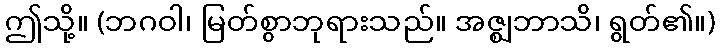
ဤသို့။ (ဘဂဝါ၊ မြတ်စွာဘုရားသည်။ အဇ္ဈဘာသိ၊ ရွတ်၏။)